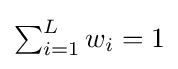
{\textstyle \sum _{i=1}^{L}w_{i}=1}